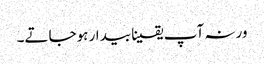
ورنہ آپ یقینا بیدار ہوجاتے۔